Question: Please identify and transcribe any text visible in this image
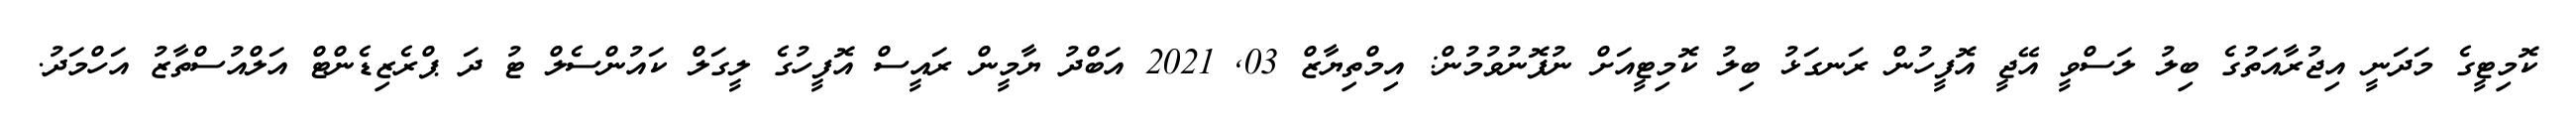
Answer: ކޮމިޓީގެ މަދަނީ އިޖުރާއަތުގެ ބިލު ލަސްވީ އޭޖީ އޮފީހުން ރަނގަޅު ބިލު ކޮމިޓީއަށް ނުފޮނުވުމުން: އިމްތިޔާޒް 03, 2021 އަބްދު ޔާމީން ރައީސް އޮފީހުގެ ލީގަލް ކައުންސެލް ޓު ދަ ޕްރެޒިޑެންޓް އަލްއުސްތާޒު އަހްމަދު.